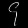
Digit: ၄